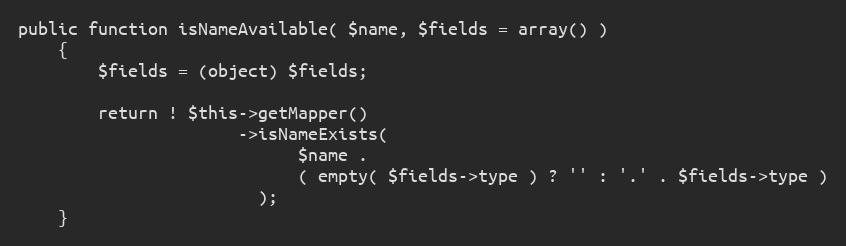
Language: PHP
public function isNameAvailable( $name, $fields = array() )
    {
        $fields = (object) $fields;

        return ! $this->getMapper()
                      ->isNameExists(
                            $name .
                            ( empty( $fields->type ) ? '' : '.' . $fields->type )
                        );
    }